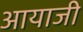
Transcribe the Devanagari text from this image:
आयाजी